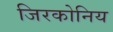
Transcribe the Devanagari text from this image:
जिरकोनिय